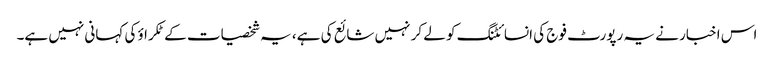
اس اخبار نے یہ رپورٹ فوج کی انسائٹنگ کو لے کر نہیں شائع کی ہے، یہ شخصیات کے ٹکراؤ کی کہانی نہیں ہے۔